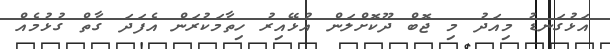
އަޅުގަނޑު މިއަދު މި ޖޮބް ދޫކޮށްލަން އުޅޭއިރު ހިތާމަކުރަން އެފަދަ ގާތް ގުޅުމެއް